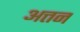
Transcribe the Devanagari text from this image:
अत्तन